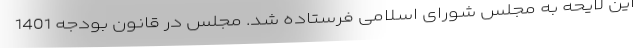
این لایحه به مجلس شورای اسلامی فرستاده شد. مجلس در قانون بودجه 1401